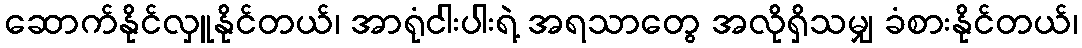
ဆောက်နိုင်လှူနိုင်တယ်၊ အာရုံငါးပါးရဲ့ အရသာတွေ အလိုရှိသမျှ ခံစားနိုင်တယ်၊